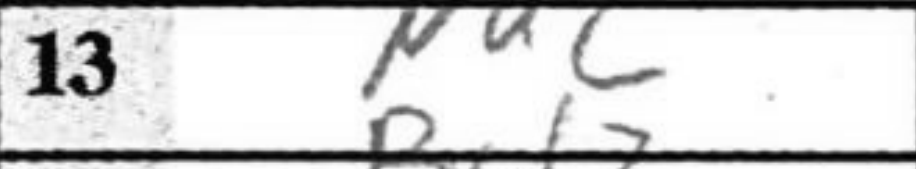
Transcription: Nd2